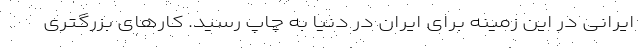
ایرانی در این زمینه برای ایران در دنیا به چاپ رسید. کارهای بزرگتری